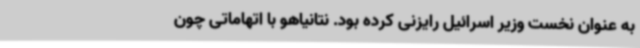
به عنوان نخست وزیر اسرائیل رایزنی کرده بود. نتانیاهو با اتهاماتی چون